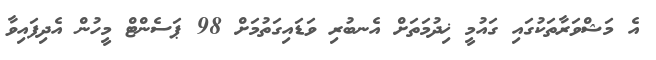
އެ މަޝްވަރާތަކުގައި ގައުމީ ޚިދުމަތަށް އެނބުރި ވަޑައިގަތުމަށް 98 ޕަސެންޓް މީހުން އެދިފައިވާ